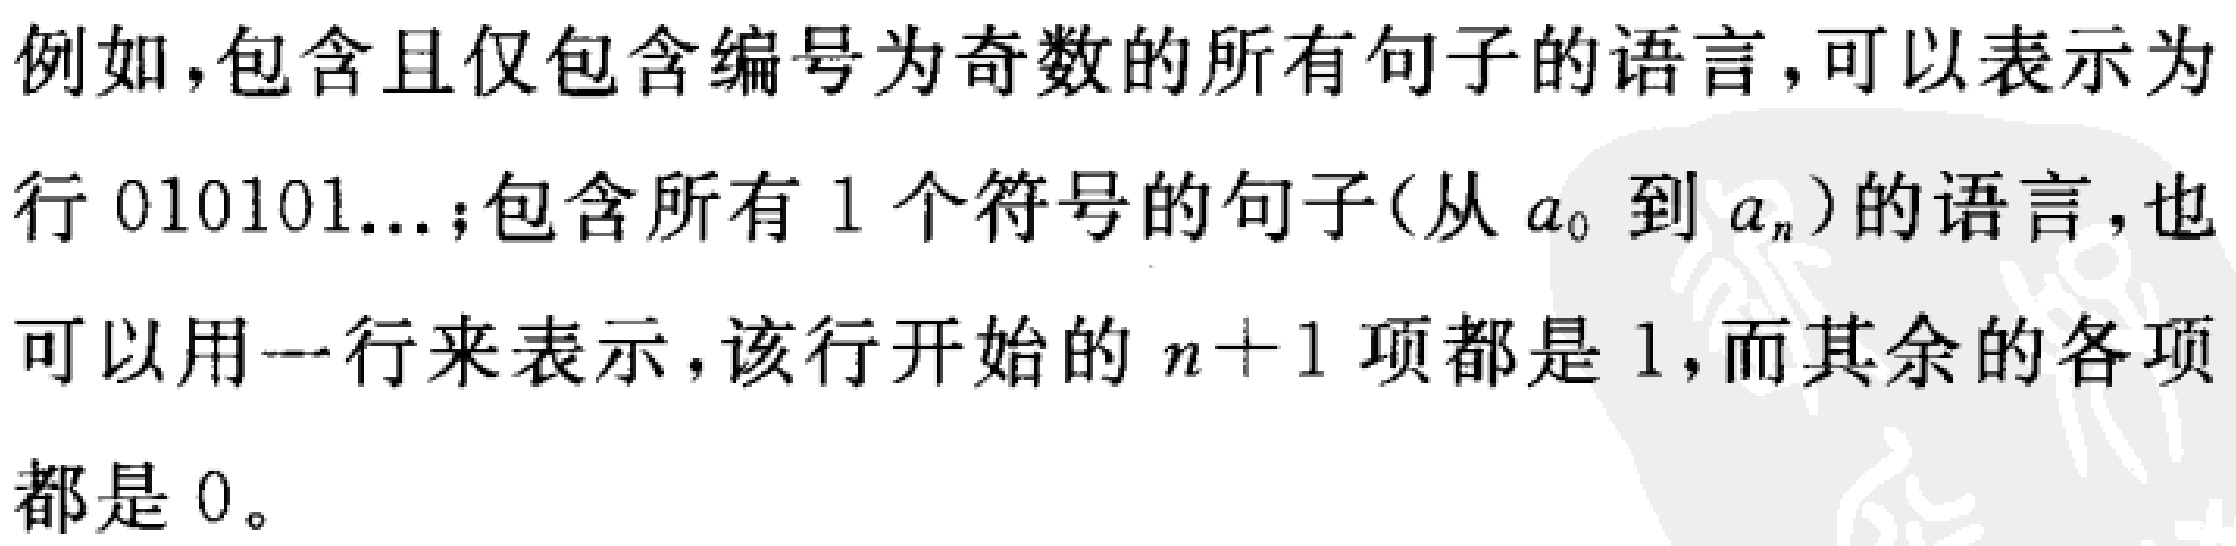
例如，包含且仅包含编号为奇数的所有句子的语言，可以表示为
行 010101...;包含所有 1 个符号的句子(从 \(a_0\) 到 \(a_n\))的语言，也
可以用一行来表示，该行开始的 \(n + 1\) 项都是 1，而其余的各项
都是 0。